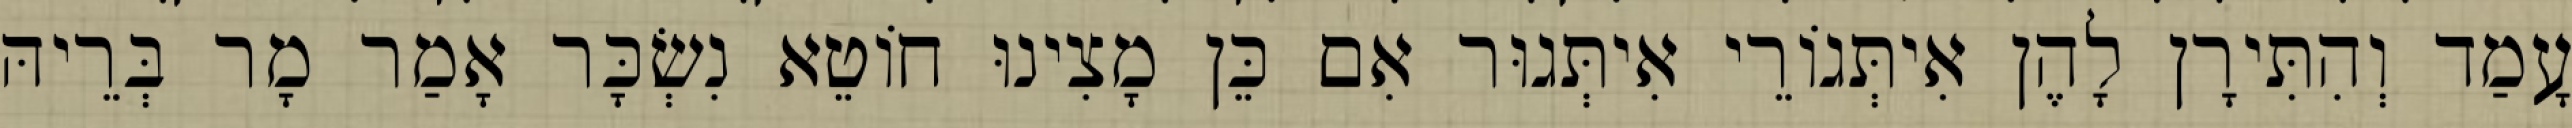
עָמַד וְהִתִּירָן לָהֶן אִיתְּגוֹרֵי אִיתְּגוּר אִם כֵּן מָצִינוּ חוֹטֵא נִשְׂכָּר אָמַר מָר בְּרֵיהּ